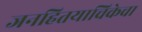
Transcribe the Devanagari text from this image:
जनहितयाचिकेचा